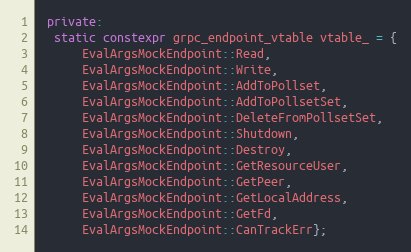
Language: C++
 private:
  static constexpr grpc_endpoint_vtable vtable_ = {
      EvalArgsMockEndpoint::Read,
      EvalArgsMockEndpoint::Write,
      EvalArgsMockEndpoint::AddToPollset,
      EvalArgsMockEndpoint::AddToPollsetSet,
      EvalArgsMockEndpoint::DeleteFromPollsetSet,
      EvalArgsMockEndpoint::Shutdown,
      EvalArgsMockEndpoint::Destroy,
      EvalArgsMockEndpoint::GetResourceUser,
      EvalArgsMockEndpoint::GetPeer,
      EvalArgsMockEndpoint::GetLocalAddress,
      EvalArgsMockEndpoint::GetFd,
      EvalArgsMockEndpoint::CanTrackErr};